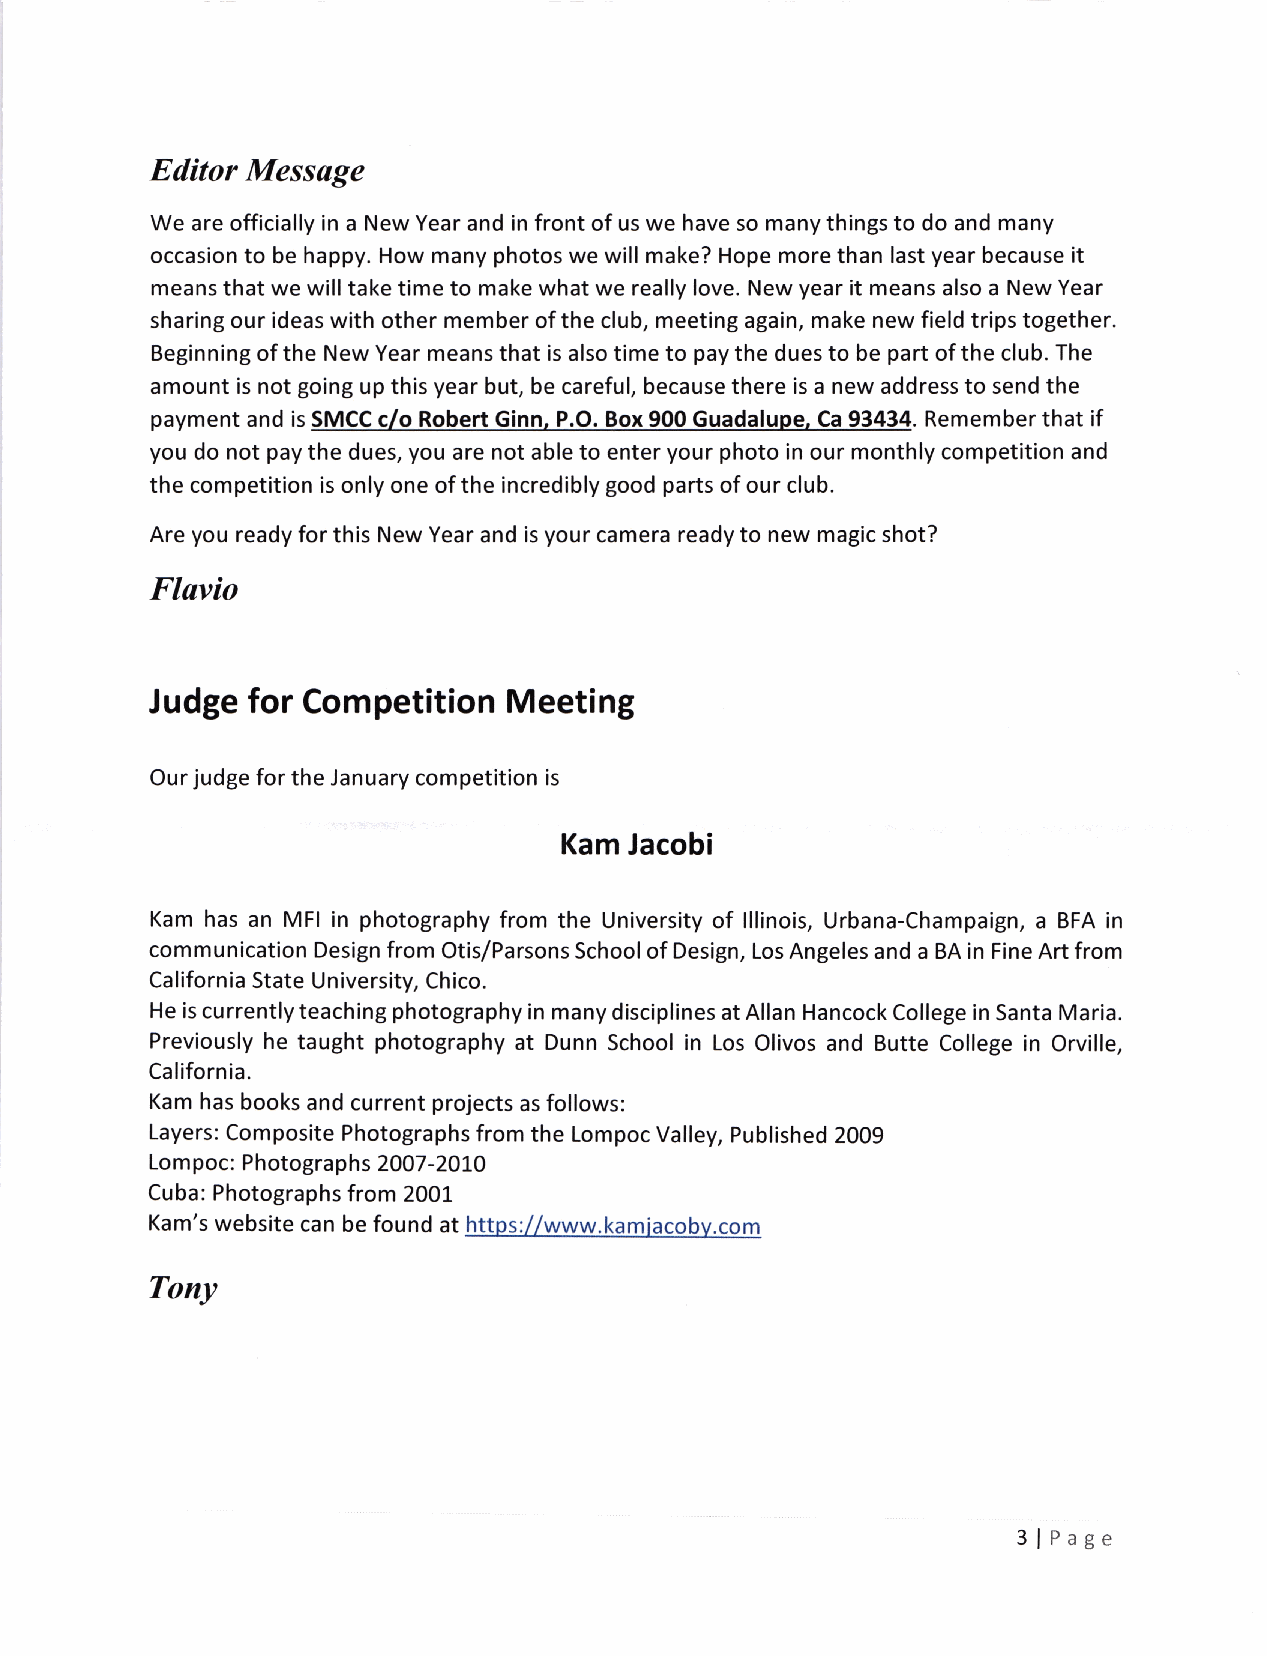
Editor Message
 We are officially in a New Year and in front of us we have so many things to do and many
 occasion to be happy. How many photos we will make? Hope more than last year because it
 means that we will take time to make what we really love. New year it means also a New Year
 sharing our ideas with other member of the club, meeting again, make new field trips together.
 Beginning of the New Year means that is also time to pay the dues to be part of the club. The
 amount is not going up this year but, be careful, because there is a new address to send the
 payment and is SMCC c/o Robert Ginn. P.O. Box 900 Guadalupe. Ca 93434. Remember that if
 you do not pay the dues, you are not able to enter your photo in our monthly competition and
 the competition is only one of the incredibly good parts of our club.
 Are you ready for this New Year and is your camera ready to new magic shot?
 Flavio
 Judge for Competition   Meeting
 Our judge for the January competition is
 Kam  Jacobi
 Kam has an MFI in photography from the University of !llinois, Urbana-Champaign, a BFA in
 communication Design from Otis/Parsons Schoo! of Design, Los Angeles and a BA in Fine Art from
 California State University, Chico.
 He is currently teaching photography in many disciplines at Allan Hancock College in Santa Maria.
 Previously he taught photography at Dunn School in Los Olivos and Butte College in Orville,
 California.
 Kam has books and current projects as follows:
 Layers: Composite Photographs from the Lompoc Valley, Published 2009
 Lom poc: Photograp hs 2OO7 -IOLO
 Cuba: Photographs from 20OL
 Kam's website can be found at S: www.kam m
 Tony
 3lPage